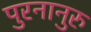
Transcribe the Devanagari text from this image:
पुरनानुरु